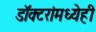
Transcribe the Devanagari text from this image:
डॉक्‍टरांमध्येही